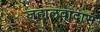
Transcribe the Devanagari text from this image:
जहालवादास